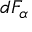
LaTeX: d F _ { \alpha }